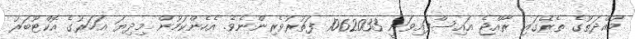
މުއްދަތުގެ ތެރޭގައި ރާއްޖެ އައިސްފައިވަނީ 1062033 ފަތުރުވެރިންނެވެ. އެހެންކަމުން މިދިޔަ އަހަރުގެ އޮކްޓޫބަރު